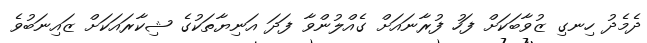
ދެމެދު ހިނގި ޒުވާބަކަށް ފަހު ފުރާނައަށް ގެއްލުންވާ ފަދަ އަނިޔާތަކުގެ ޝިކާރައަކަށް ޒައިނަބުވެ